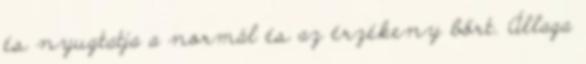
és nyugtatja a normál és az érzékeny bőrt. Állaga